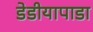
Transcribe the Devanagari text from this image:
डेडीयापाडा